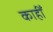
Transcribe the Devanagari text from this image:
काहीँ